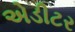
એડીટર